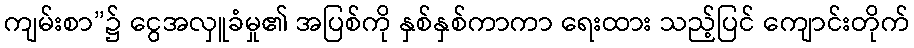
ကျမ်းစာ”၌ ငွေအလှူခံမှု၏ အပြစ်ကို နှစ်နှစ်ကာကာ ရေးထား သည့်ပြင် ကျောင်းတိုက်